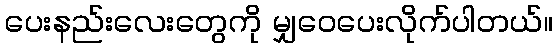
ပေးနည်းလေးတွေကို မျှဝေပေးလိုက်ပါတယ်။